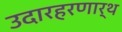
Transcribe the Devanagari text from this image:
उदारहरणार्थ